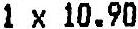
1 X 10.90